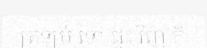
ត្រឡប់ ទៅ ផ្ទះ វិញ ក៏